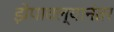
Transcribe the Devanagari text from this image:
झेपावल्यानंतर